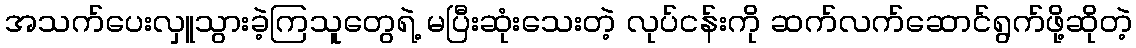
အသက်ပေးလှူသွားခဲ့ကြသူတွေရဲ့ မပြီးဆုံးသေးတဲ့ လုပ်ငန်းကို ဆက်လက်ဆောင်ရွက်ဖို့ဆိုတဲ့